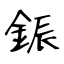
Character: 鋠